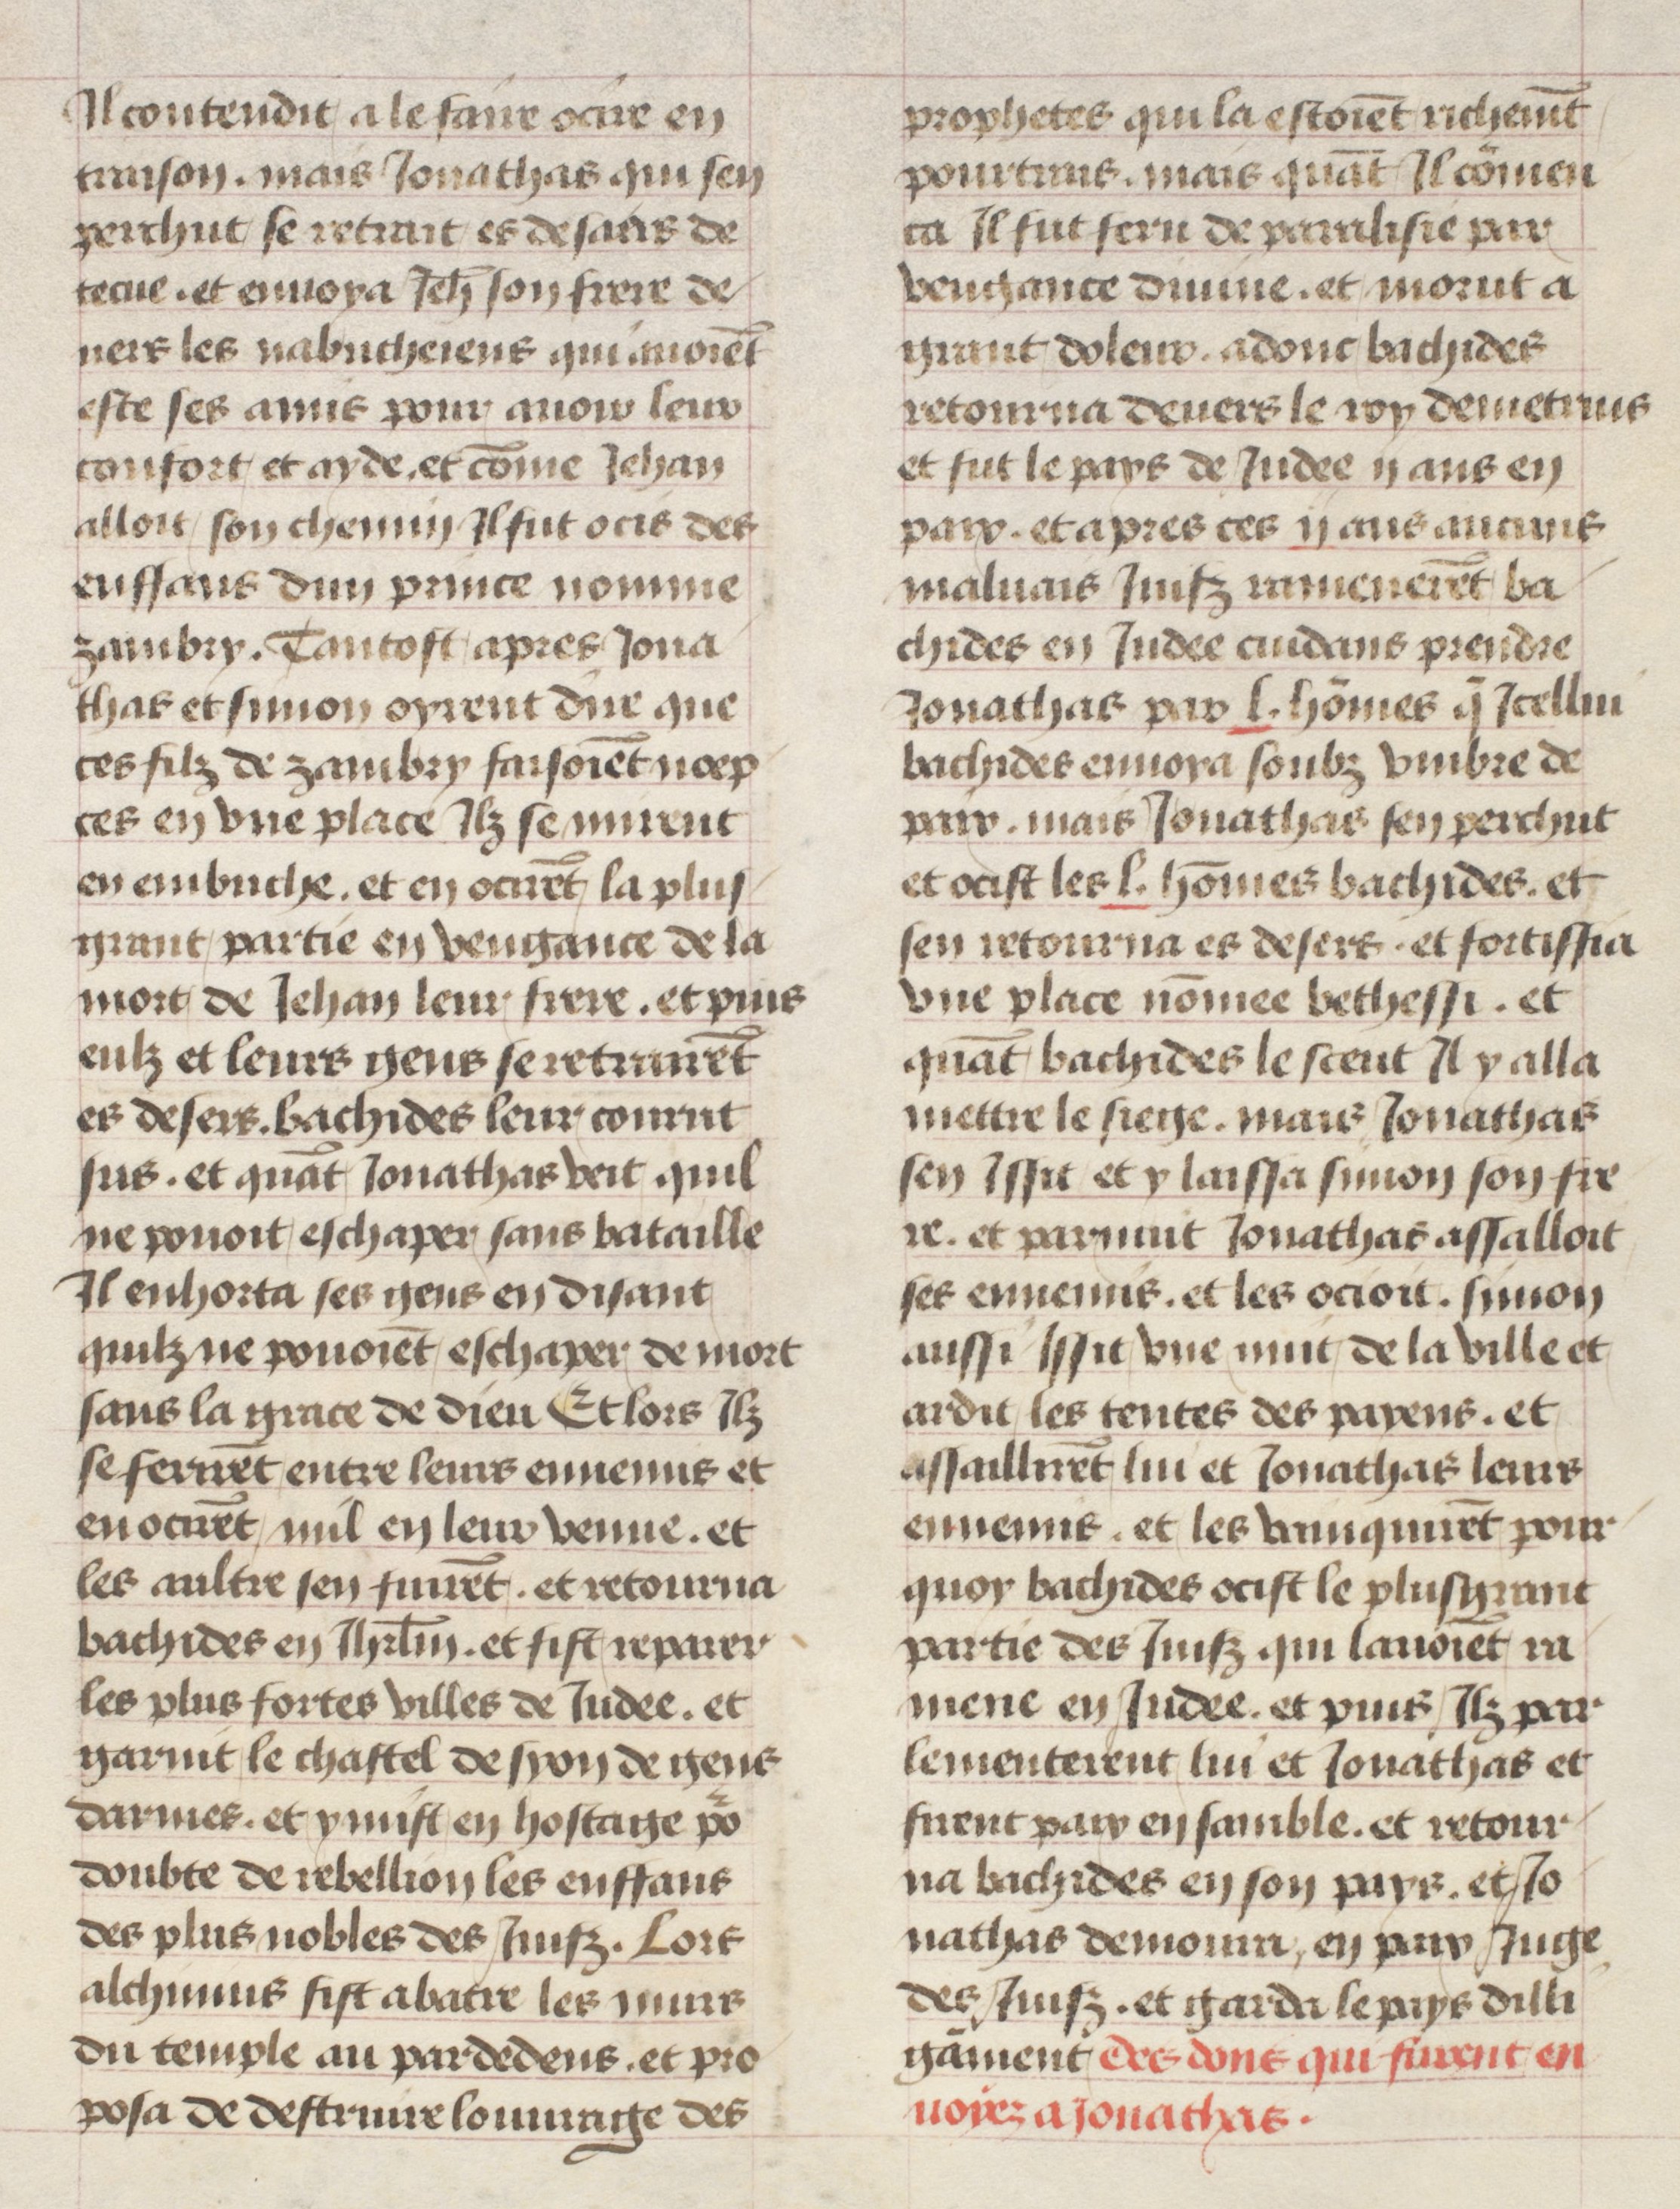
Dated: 1475–1485